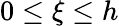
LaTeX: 0\le\xi\le h